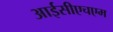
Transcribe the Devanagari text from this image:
आईसीएचएम